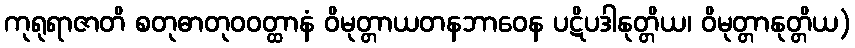
ကုရုရာဇာတိ စတုဓာတုဝဝတ္ထာနံ ဝိမုတ္တာယတနဘာဝေန ပဋိပဒါနုတ္တိယ၊ ဝိမုတ္တာနုတ္တိယ)